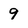
Character: 9